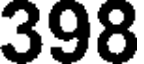
398